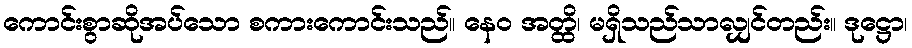
ကောင်းစွာဆိုအပ်သော စကားကောင်းသည်။ နေဝ အတ္ထိ၊ မရှိသည်သာလျှင်တည်း။ ဒုဋ္ဌော၊